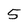
Character: 5